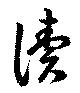
読